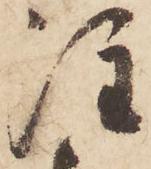
注